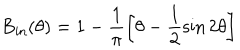
LaTeX: \textrm { B } _ { \mathrm { { i n } } } ( \theta ) = 1 - \frac { 1 } { \pi } \left[ \theta - \frac { 1 } { 2 } \sin 2 \theta \right]